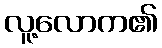
လူ့လောက၏